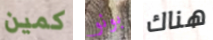
كمين بونو هناك